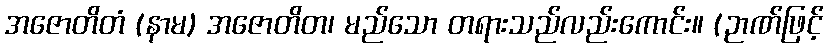
အဇောတိတံ (နာမ) အဇောတိတ၊ မည်သော တရားသည်လည်းကောင်း။ (ဉာဏ်ဖြင့်